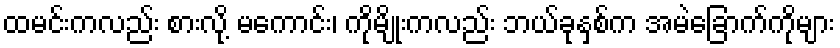
ထမင်းကလည်း စားလို့ မကောင်း၊ ကိုမျိုးကလည်း ဘယ်ခုနှစ်က အမဲခြောက်ကိုများ